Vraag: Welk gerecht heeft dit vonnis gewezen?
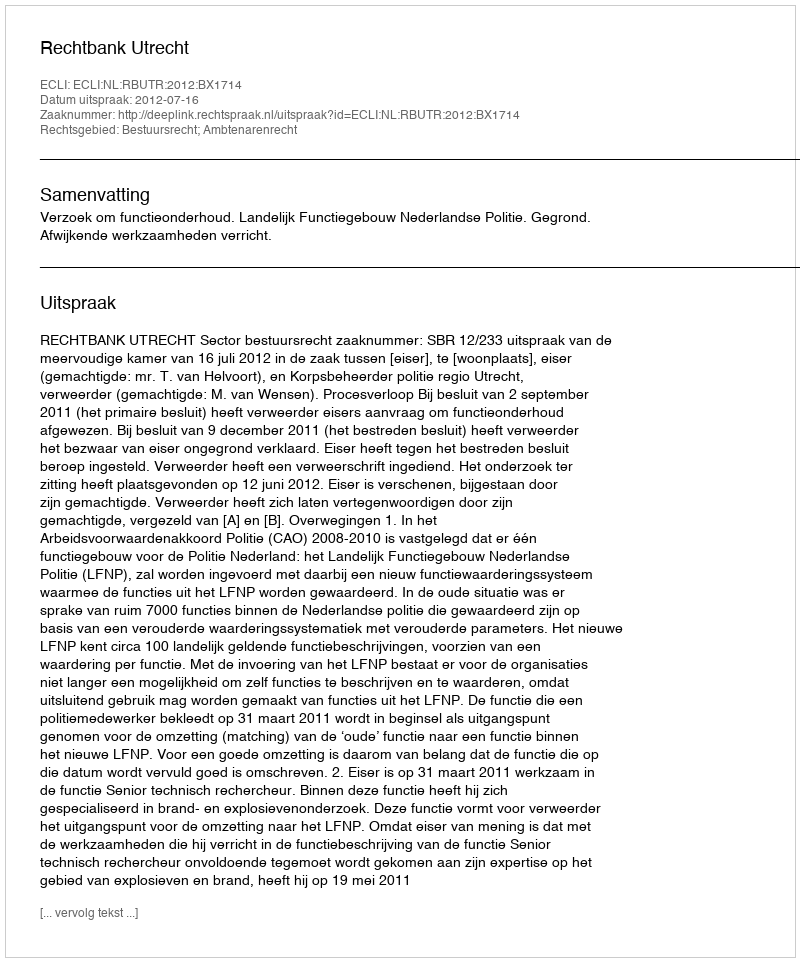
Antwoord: Rechtbank Utrecht